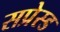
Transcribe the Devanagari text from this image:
सप्रेस्ड